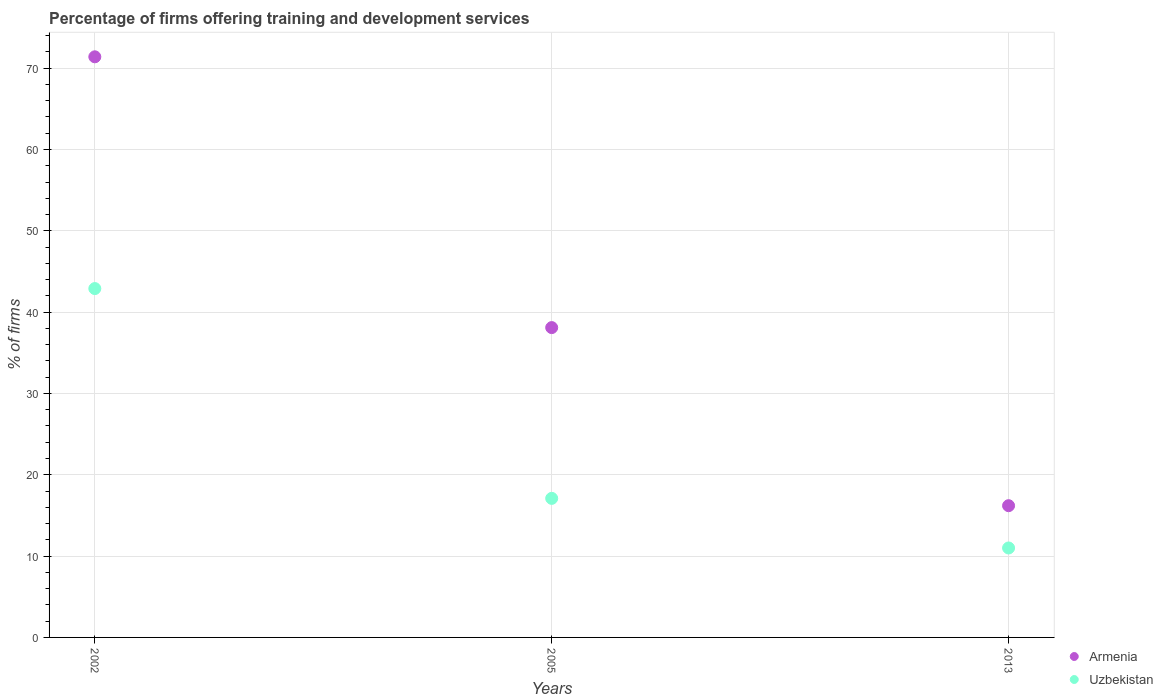
| Years | Armenia | Uzbekistan |
 | --- | --- | --- |
 | 2002 | 71.4 | 42.9 |
 | 2005 | 38.1 | 17.1 |
 | 2013 | 16.2 | 11 |